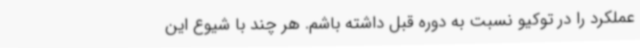
عملکرد را در توکیو نسبت به دوره قبل داشته باشم. هر چند با شیوع این